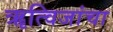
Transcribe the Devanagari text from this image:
ॠत्विजांचा